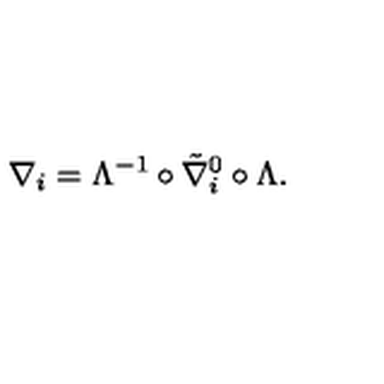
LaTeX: \nabla _ { i } = \Lambda ^ { - 1 } \circ \tilde { \nabla } _ { i } ^ { 0 } \circ \Lambda .